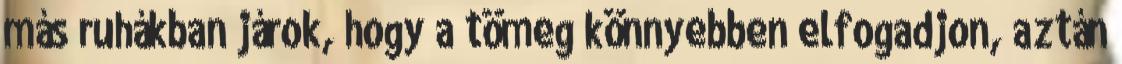
más ruhákban járok, hogy a tömeg könnyebben elfogadjon, aztán